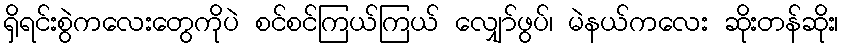
ရှိရင်းစွဲကလေးတွေကိုပဲ စင်စင်ကြယ်ကြယ် လျှော်ဖွပ်၊ မဲနယ်ကလေး ဆိုးတန်ဆိုး၊